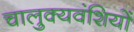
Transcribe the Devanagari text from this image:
चालुक्यवंशियों